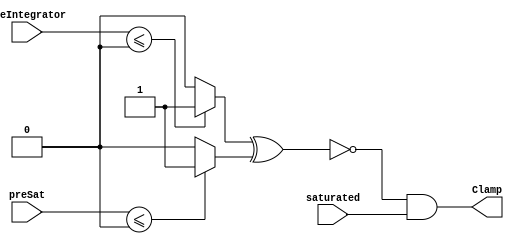
// -------------------------------------------------------------
// 
// 
// Generated by MATLAB 8.2 and HDL Coder 3.3
// 
// -------------------------------------------------------------


// -------------------------------------------------------------
// 
// Module: velocityControlHdl_Clamp_block
// Source Path: velocityControlHdl/Control_DQ_Currents/Control_Current1/Clamp
// Hierarchy Level: 6
// 
// -------------------------------------------------------------

`timescale 1 ns / 1 ns

module velocityControlHdl_Clamp_block
          (
           preIntegrator,
           preSat,
           saturated,
           Clamp
          );


  input   signed [35:0] preIntegrator;  // sfix36_En29
  input   signed [35:0] preSat;  // sfix36_En23
  input   saturated;
  output  Clamp;


  wire Compare_To_Zero_out1;
  wire Compare_To_Zero1_out1;
  wire Compare_To_Zero_out1_1;
  wire Logical_Operator_out1;


  // <S17>/Compare To Zero
  assign Compare_To_Zero_out1 = (preIntegrator <= 36'sh000000000 ? 1'b1 :
              1'b0);



  // <S17>/Compare To Zero1
  assign Compare_To_Zero1_out1 = (preSat <= 36'sh000000000 ? 1'b1 :
              1'b0);



  // <S17>/Logical Operator
  assign Compare_To_Zero_out1_1 =  ~ (Compare_To_Zero_out1 ^ Compare_To_Zero1_out1);



  // <S17>/AND
  assign Logical_Operator_out1 = Compare_To_Zero_out1_1 & saturated;



  assign Clamp = Logical_Operator_out1;

endmodule  // velocityControlHdl_Clamp_block